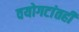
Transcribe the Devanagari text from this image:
वयोगटांतही